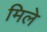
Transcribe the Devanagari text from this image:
मिले